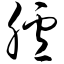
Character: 胪